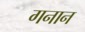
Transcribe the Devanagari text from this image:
गनान